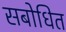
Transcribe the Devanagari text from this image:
सबोधित